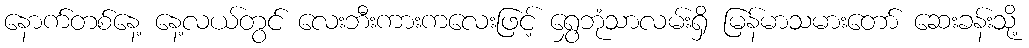
နောက်တစ်နေ့ နေ့လယ်တွင် လေးဘီးကားကလေးဖြင့် ရွှေဘုံသာလမ်းရှိ မြန်မာသမားတော် ဆေးခန်းသို့